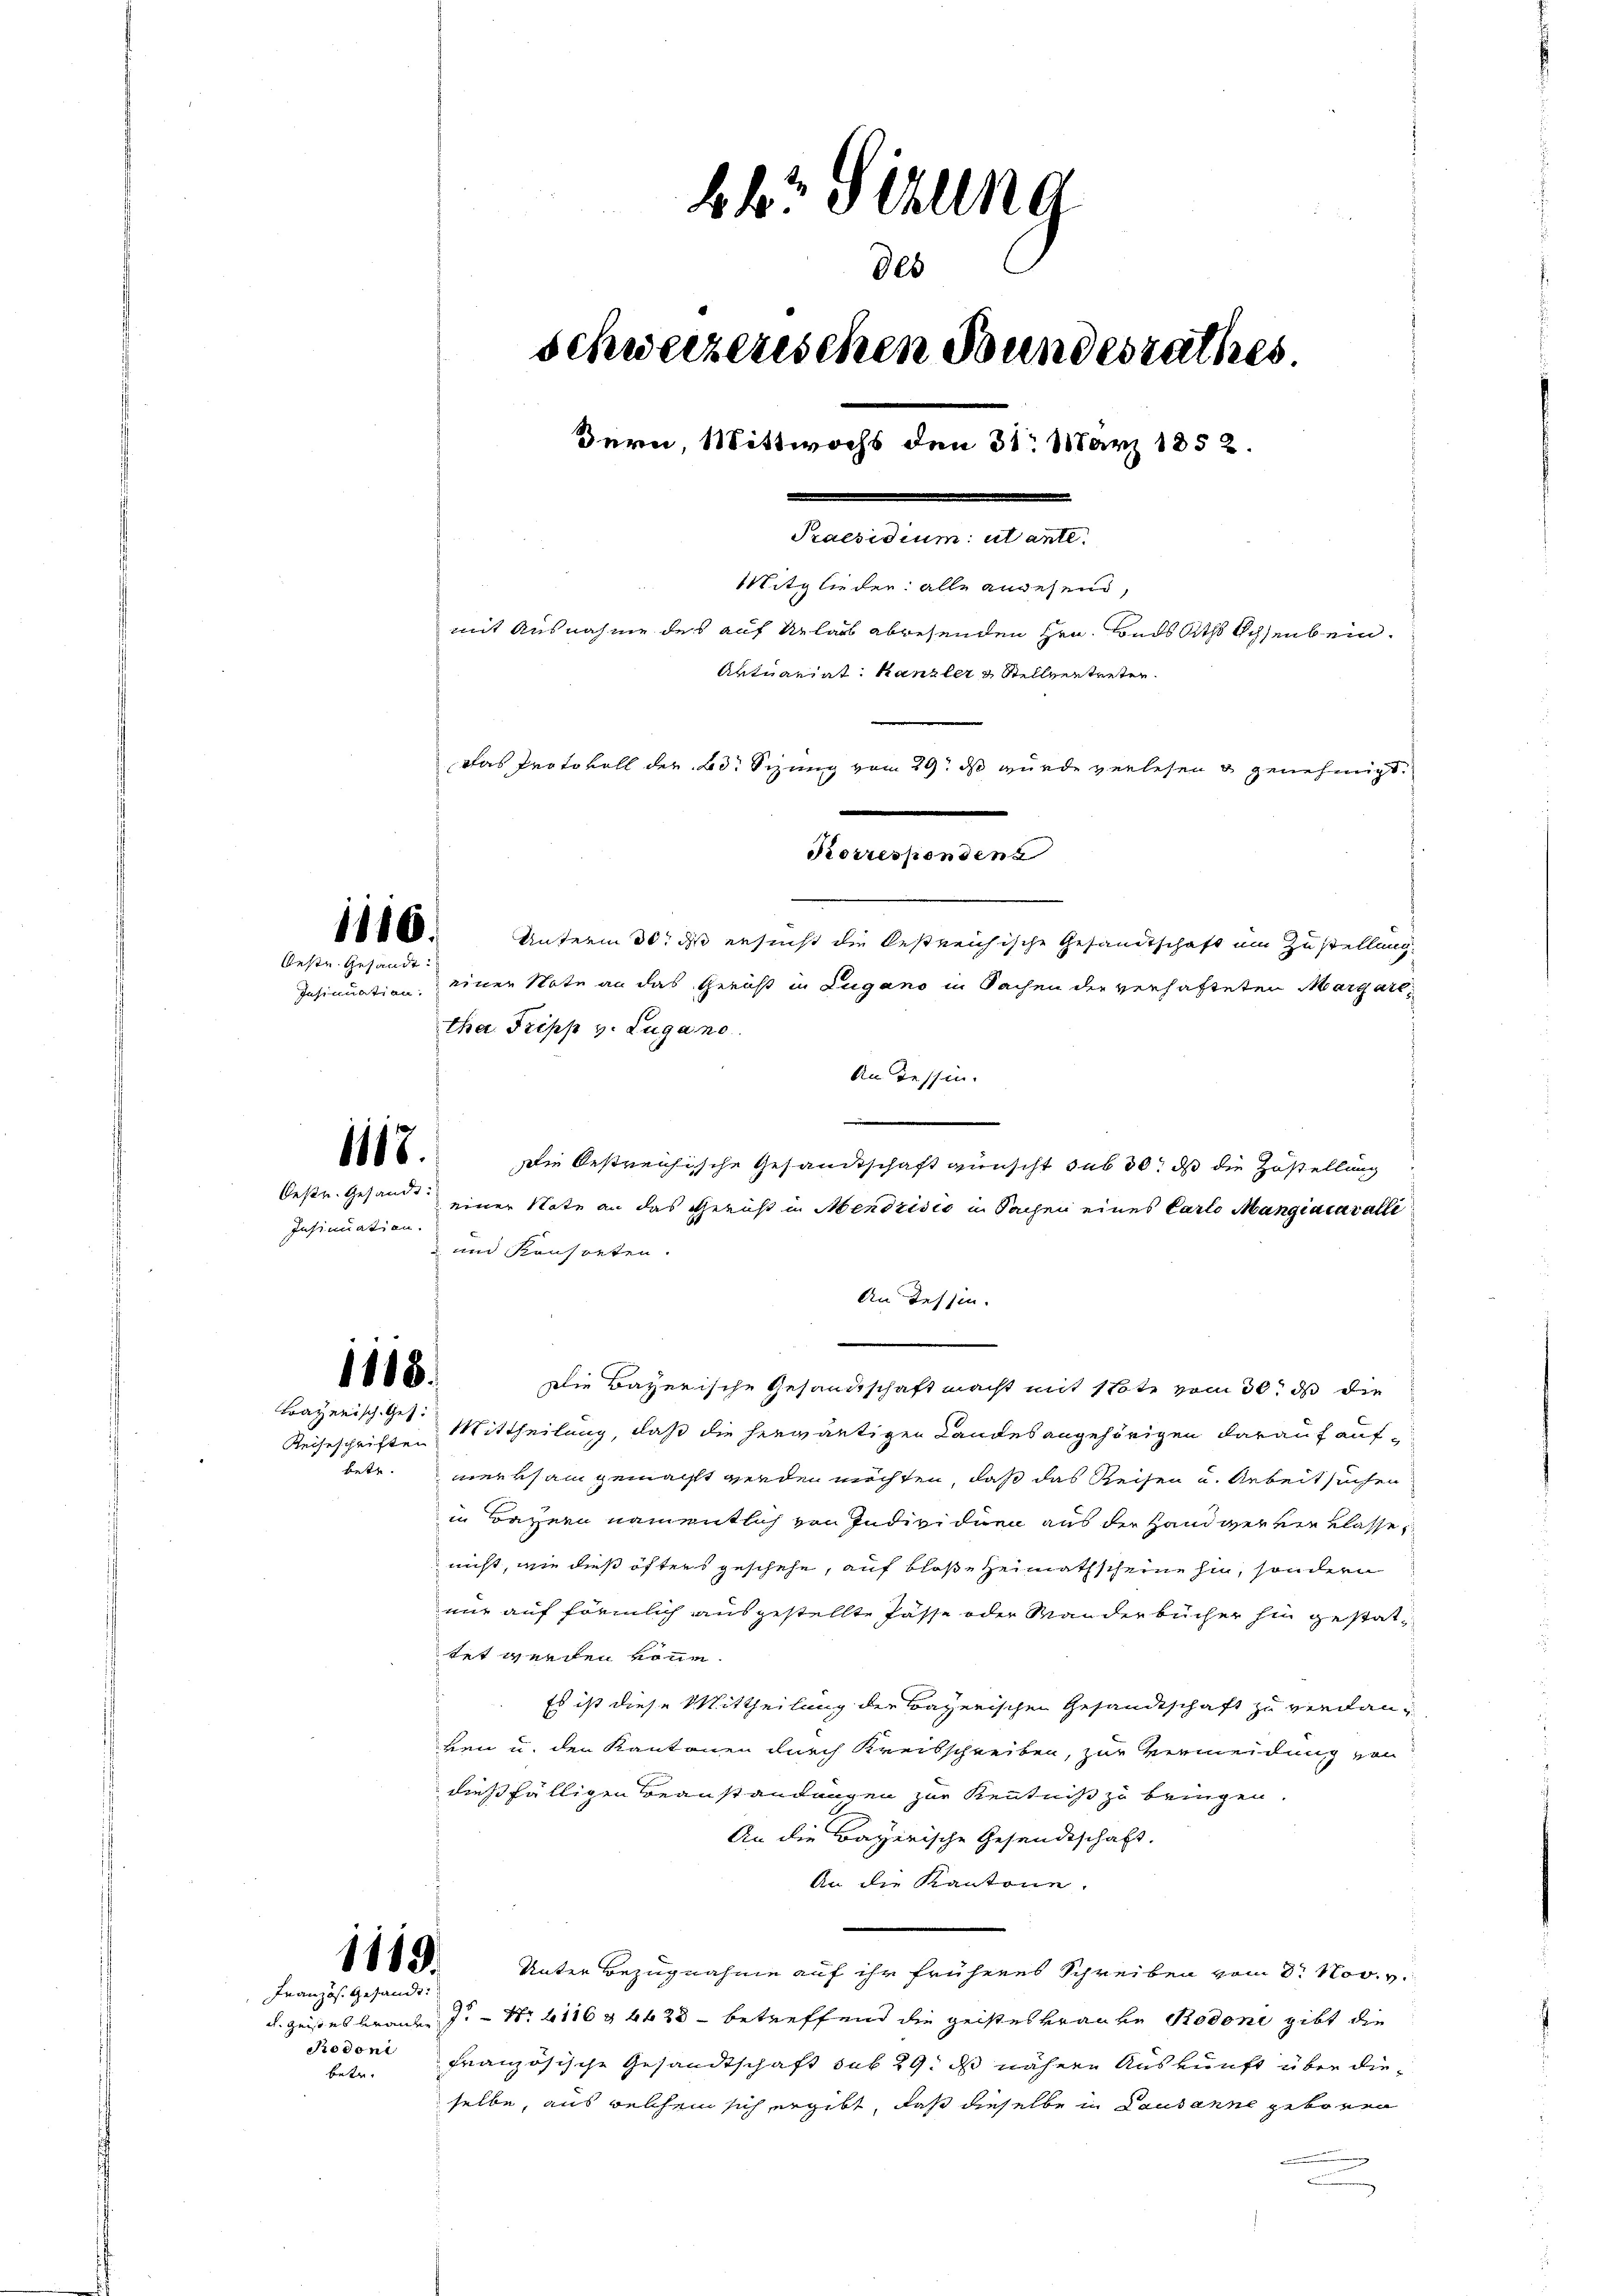
1116.
Oeste Gesandt

1115.

Insinuation.

1115.
Bayerisch. Ges.

betr.

1119.

Französ. Gesandt:
betr.

bbröchung
des
schweizerischen Bundesrathes.
de
Mitglieder alle angehend,
mit Ausnahme des auf Urlass abwesenden Hrn. Bads Aths Ochsenbein.
Antrariat Kanzler & Stellvertreter
Das Protokoll der Bd. Sizung vom 29. ds wurde verlesen & genehmigt.
Korresponden
Unterm 30. d ersucht die bestreichische Gesandtschaft um Zustellung.
Insinuation, einer Note an das Gericht in Lugano in Sachen der verhafteten Margarttha. Tripp v. Lugano.

An Tessin.
.
Die Oestreichische Gesandtschaft wünscht sub 30. ds die Zustellung
Oestr. Gesandt einer Note an das Gericht in Mendrisio in Sachen eines Carlo Mangiacavalli
un Konsorten.
An Tessin.
Die Bayerische Gesandtschaft macht mit Note vom 30t ds die
Reiseschriften Mittheilung, daß die herwärtigen Landesangehörigen darauf auf-
merksam gemacht werden möchten, daß das Reisen u. Arbeit suchen
in Bayern namentlich von Individuen aus der Hand werden Klasse
nicht, wie dies öfters geschehe, auf blose Heimathscheine hin, sondern
nur auf förmlich ausgestellte Pässe oder Wanderbücher hin gestattet werden kann.
Es ist diese Mittheilung der Bayerischen Gesandtschaft zu verdanben u. den Kantonen durch Kreisschreiben, zur Vermeidung von
dießfälligen Beanstandungen zur Kenntniß zu bringen.
An die Bayerische Gesandtschaft.
An die Kantone.
Unter Bezugnahme auf ihr früheres Schreiben vom 8. Nov. v.
u. geistes Brauten J. Nr. 116 n 44 20 - betreffend die geistes kranke Rodoni gibt die
Rodoni französische Gesandtschaft sub 29, das nähere Auskunft über dieselbe, aus welchem sich ergibt, daß dieselbe in Lausanne geboren

Bern, Wittwochs den 31. März 1852.